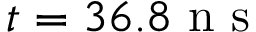
t = 3 6 . 8 \mathrm { ~ n ~ s ~ }